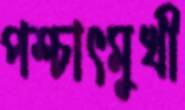
পশ্চাৎমুখী